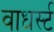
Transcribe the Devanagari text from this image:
वाधर्स्ट